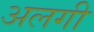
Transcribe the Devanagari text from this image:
अलगी